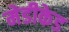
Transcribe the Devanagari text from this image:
मेडीकेड